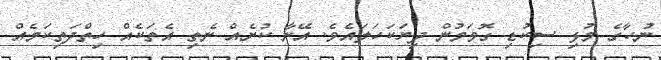
ނުހާގެ މުޅި ސިކުޑި ގޮވަމުން ދިޔަކަހަލައެވެ. އޭނާ ކުށެއް ނެތި އެތަކެއް ހިތްދަތިކަމެއް